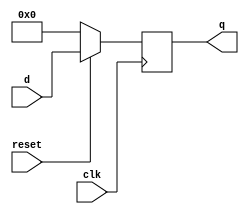
module D_FF_8bit (q, d, clk, reset);

output [8-1:0] q;
input  [8-1:0] d;
input  clk, reset;

reg    [8-1:0] q;

always @ (posedge clk) begin
    if(~reset)
        q <= 1'b0;
    else 
	    q <= d;
end
endmodule